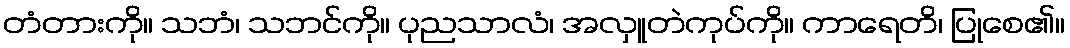
တံတားကို။ သဘံ၊ သဘင်ကို။ ပုညသာလံ၊ အလှူတဲကုပ်ကို။ ကာရေတိ၊ ပြုစေ၏။